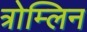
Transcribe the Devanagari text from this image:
त्रोम्लिन